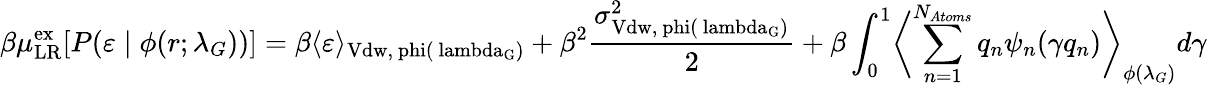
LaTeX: \beta\mu_{\mathrm{{LR}}}^{\mathrm{{ex}}}[P(\varepsilon\; |\; \phi(r;\lambda_{G}))]=\beta\langle\varepsilon\rangle_{\mathrm{{Vdw},\ phi(\ lambda_{G})}}+\beta^{2}\frac{\sigma_{\mathrm{{Vdw},\ phi(\ lambda_{G})}}^{2}}{2}+\beta\int_{0}^{1}\biggl<\sum_{n=1}^{N_{Atoms}}q_{n}\psi_{n}(\gamma q_{n})\biggr>_{\phi(\lambda_{G})}d\gamma